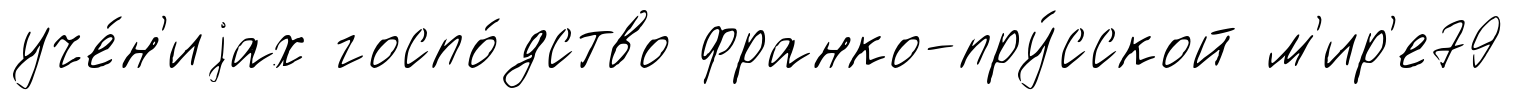
уче́н'иjах госпо́дство франко-пру́сской м'ир'е79